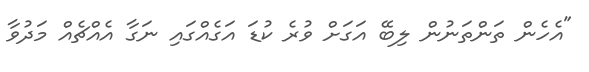
"އެހެން ތަންތަނުން ލިބޭ އަގަށް ވުރެ ކުޑަ އަގެއްގައި ނަގާ އެއްޗެއް މަދުވާ